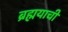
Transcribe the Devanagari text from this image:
ब्रह्मयाची